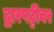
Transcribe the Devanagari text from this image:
द्वारपट्टीवर